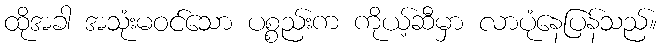
ထိုအခါ အသုံးမဝင်သော ပစ္စည်းက ကိုယ့်ဆီမှာ လာပုံနေပြန်သည်။